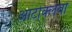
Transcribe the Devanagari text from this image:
आटोक्लेवों